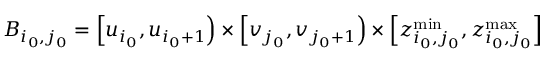
B _ { i _ { 0 } , j _ { 0 } } = \left[ u _ { i _ { 0 } } , u _ { i _ { 0 } + 1 } \right) \times \left[ v _ { j _ { 0 } } , v _ { j _ { 0 } + 1 } \right) \times \left[ z _ { i _ { 0 } , j _ { 0 } } ^ { \operatorname* { m i n } } , z _ { i _ { 0 } , j _ { 0 } } ^ { \operatorname* { m a x } } \right]